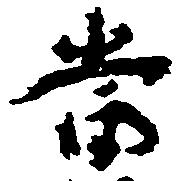
当